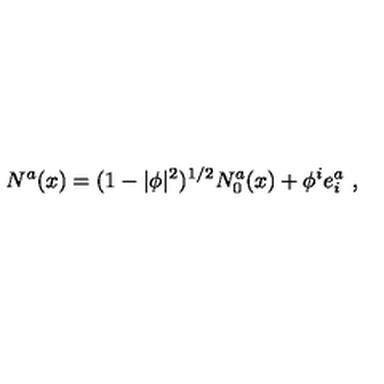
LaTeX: N ^ { a } ( x ) = ( 1 - | \phi | ^ { 2 } ) ^ { 1 / 2 } N _ { 0 } ^ { a } ( x ) + \phi ^ { i } e _ { i } ^ { a } \ ,